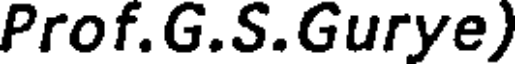
Prof.G.S.Gurye)